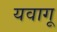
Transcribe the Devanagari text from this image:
यवागू